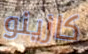
كازينو